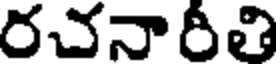
రచనారీతి